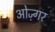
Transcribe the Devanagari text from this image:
ओज़्गर